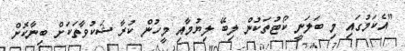
"އެކަމުގައި މި ބަލަނީ ކޯޓުތަކުން ލިބޭ ލިޔުމާއި މީހުން ކުރާ ޝަކުވާތަކަށް ބިނާކޮށް